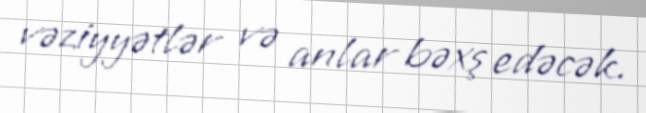
vəziyyətlər və anlar bəxş edəcək.